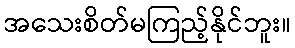
အသေးစိတ်မကြည့်နိုင်ဘူး။